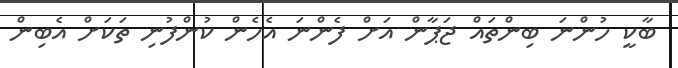
ބާކީ ހުންނަ ބިންތައް ޖަޕާން އަށް ފެންނަ އެހެން ކުންފުނި ތަކަށް އެބިން